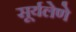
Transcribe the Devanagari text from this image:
सूर्यलेणे